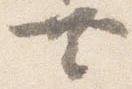
共